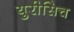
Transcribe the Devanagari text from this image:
युरीसिच